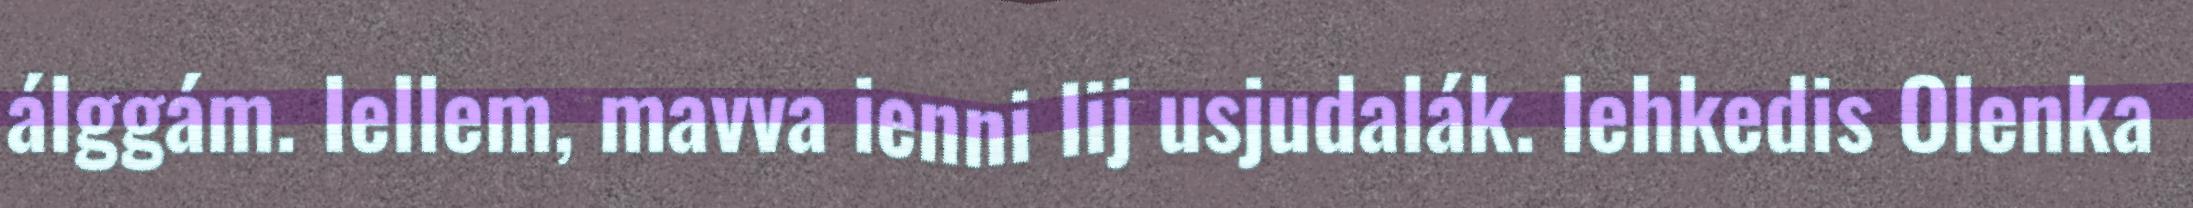
álggám. Iellem, mavva ienni lij usjudalák. Iehkedis Olenka